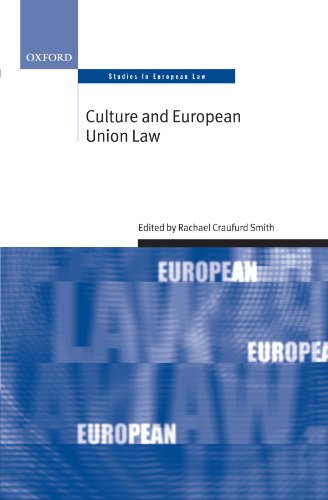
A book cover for Culture and European Union Law (Oxford Studies in European Law); Law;